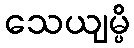
သေယျမ္ပိ